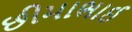
છીમાભાઈ